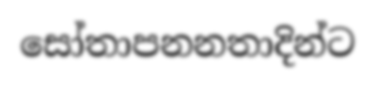
සෝතාපනනතාදින්ට